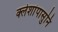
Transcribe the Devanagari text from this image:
क्लेशांपासुनि